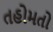
તહોમતો